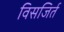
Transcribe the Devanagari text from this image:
विसजिर्त